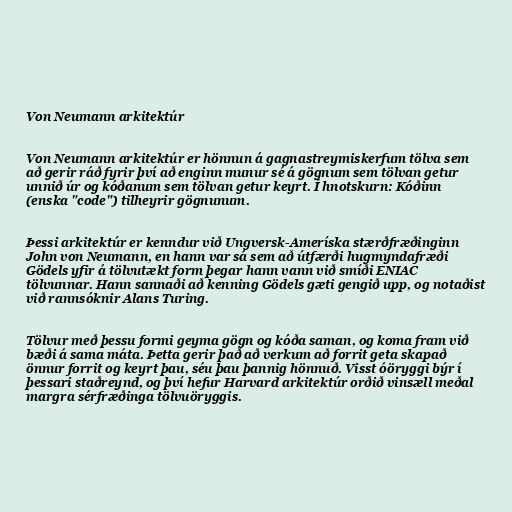
Von Neumann arkitektúr

Von Neumann arkitektúr er hönnun á gagnastreymiskerfum tölva sem
að gerir ráð fyrir því að enginn munur sé á gögnum sem tölvan getur
unnið úr og kóðanum sem tölvan getur keyrt. Í hnotskurn: Kóðinn
(enska "code") tilheyrir gögnunum.

Þessi arkitektúr er kenndur við Ungversk-Ameríska stærðfræðinginn
John von Neumann, en hann var sá sem að útfærði hugmyndafræði
Gödels yfir á tölvutækt form þegar hann vann við smíði ENIAC
tölvunnar. Hann sannaði að kenning Gödels gæti gengið upp, og notaðist
við rannsóknir Alans Turing.

Tölvur með þessu formi geyma gögn og kóða saman, og koma fram við
bæði á sama máta. Þetta gerir það að verkum að forrit geta skapað
önnur forrit og keyrt þau, séu þau þannig hönnuð. Visst óöryggi býr í
þessari staðreynd, og því hefur Harvard arkitektúr orðið vinsæll meðal
margra sérfræðinga tölvuöryggis.